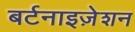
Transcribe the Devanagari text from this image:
बर्टनाइज़ेशन